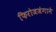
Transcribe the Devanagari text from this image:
फिरोजजंगाने